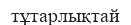
тұтарлықтай